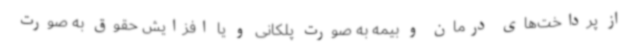
از پرداخت‌های درمان و بیمه به صورت پلکانی و یا افزایش حقوق به صورت